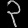
Digit: ၃